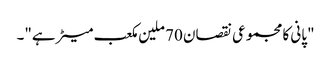
"پانی کا مجموعی نقصان 70 ملین مکعب میٹر ہے"۔